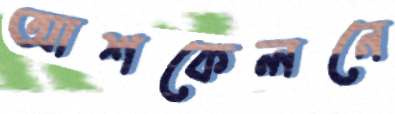
আশকেলনে